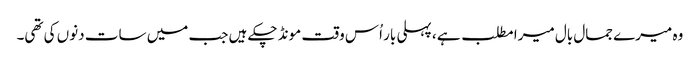
وہ میرے جمال بال میرا مطلب ہے ، پہلی بار اُس وقت مونڈ چکے ہیں جب میں سات دنوں کی تھی۔